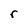
Character: r